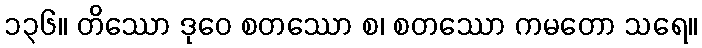
၁၃၆။ တိဿော ဒုဝေ စတဿော စ၊ စတဿော ကမတော သရေ။